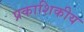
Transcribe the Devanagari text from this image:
प्रकाशिकीय